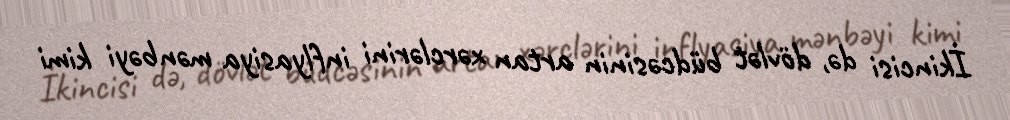
İkincisi də, dövlət büdcəsinin artan xərclərini inflyasiya mənbəyi kimi